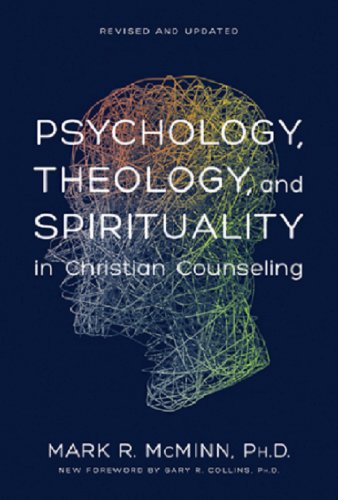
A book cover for Psychology, Theology, and Spirituality in Christian Counseling (AACC Library); Mark R. McMinn; Christian Books & Bibles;